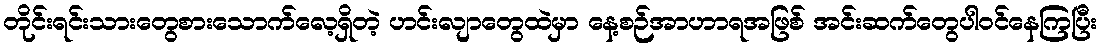
တိုင်းရင်းသားတွေစားသောက်လေ့ရှိတဲ့ ဟင်းလျာတွေထဲမှာ နေ့စဉ်အာဟာရအဖြစ် အင်းဆက်တွေပါဝင်နေကြပြီး